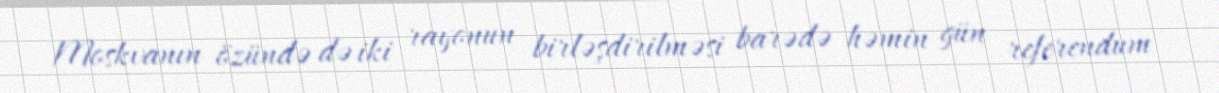
Moskvanın özündə də iki rayonun birləşdirilməsi barədə həmin gün referendum